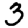
Digit: 3